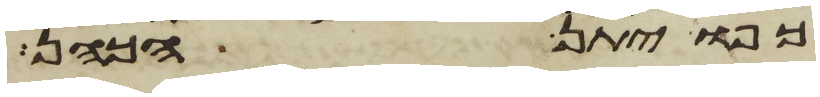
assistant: כפו יתן הכהן